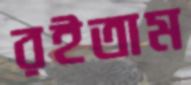
রইতাম